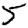
Digit: 5